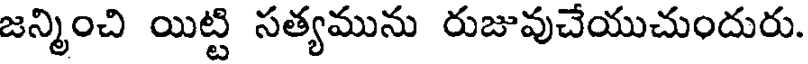
జన్మించి యిట్టి సత్యమును రుజువుచేయుచుందురు.